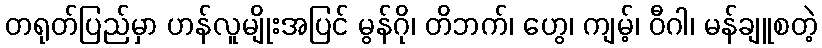
တရုတ်ပြည်မှာ ဟန်လူမျိုးအပြင် မွန်ဂို၊ တိဘက်၊ ဟွေ၊ ကျမ့်၊ ဝီဂါ၊ မန်ချူစတဲ့